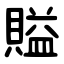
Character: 賹